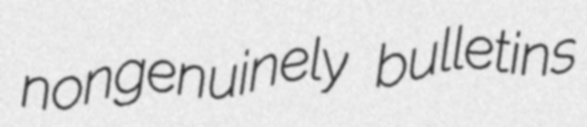
nongenuinely bulletins